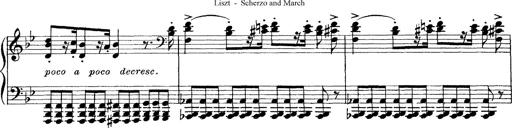
Title: Scherzo und Marsch
Composer: Franz Liszt